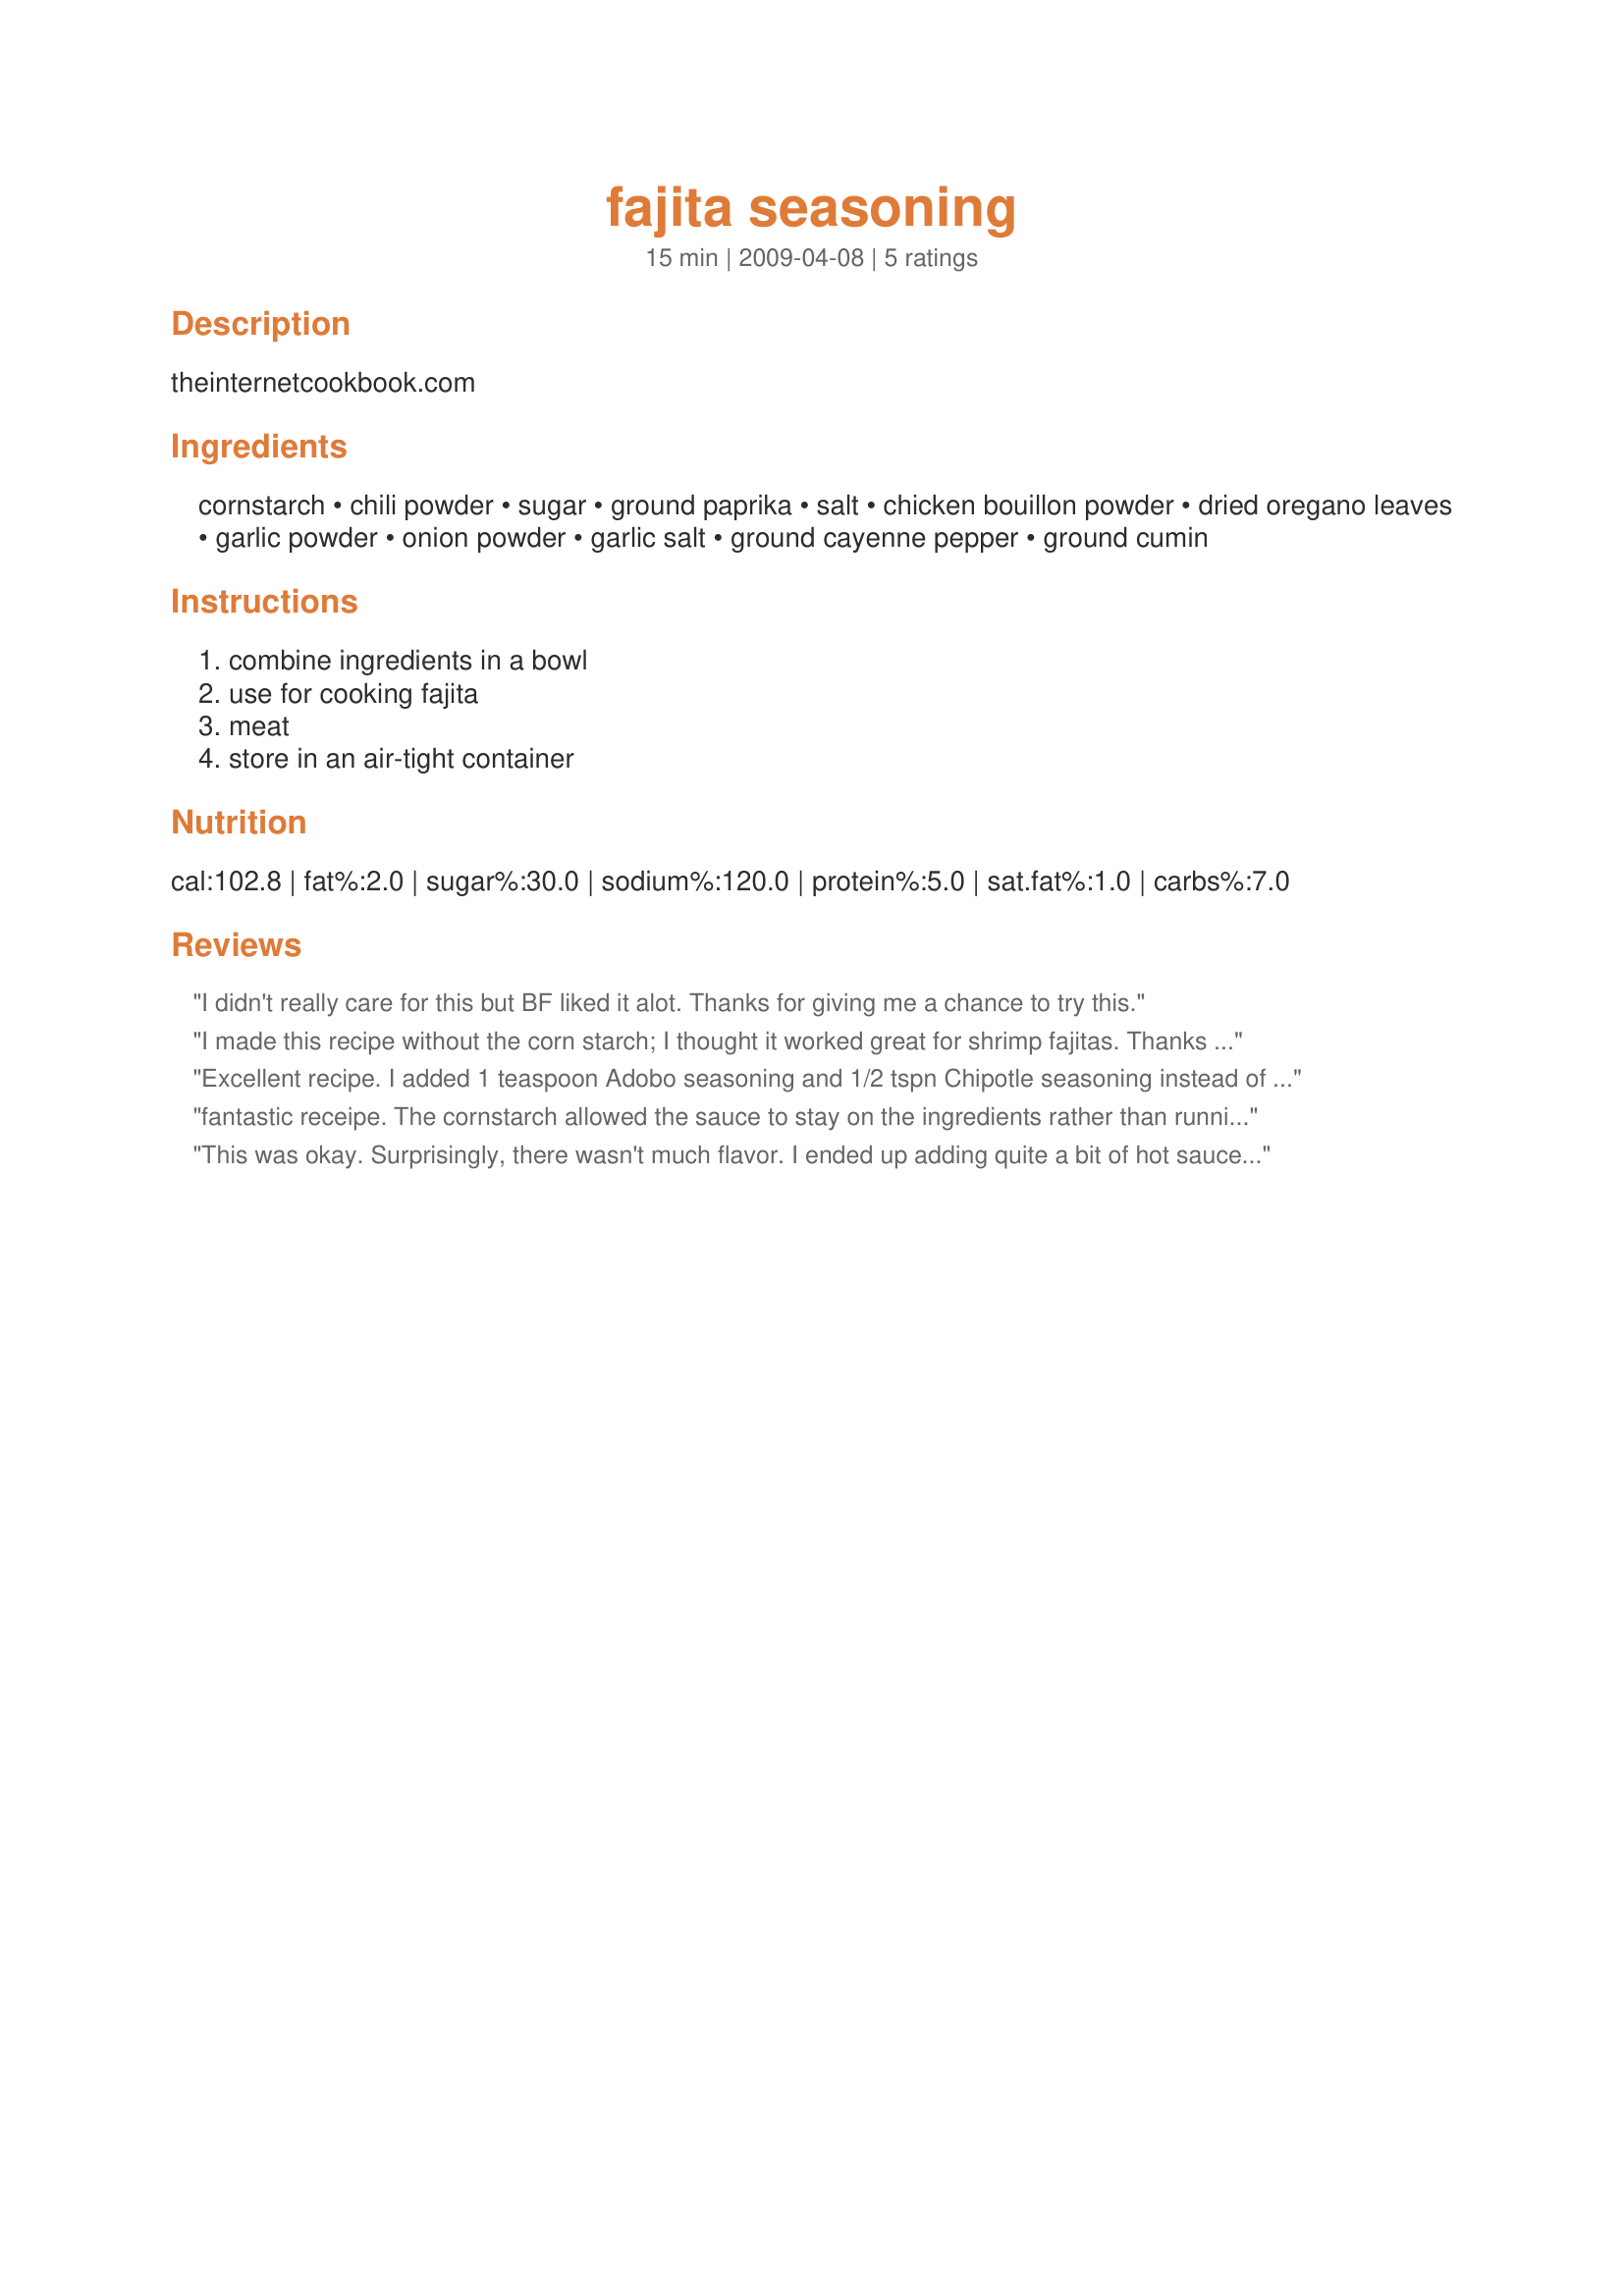
fajita seasoning
Preparation time: 15 minutes

theinternetcookbook.com

Ingredients:
cornstarch, chili powder, sugar, ground paprika, salt, chicken bouillon powder, dried oregano leaves, garlic powder, onion powder, garlic salt, ground cayenne pepper, ground cumin

Steps:
combine ingredients in a bowl, use for cooking fajita, meat, store in an air-tight container

Reviews:
I didn't really care for this but BF liked it alot. Thanks for giving me a chance to try this.
I made this recipe without the corn starch; I thought it worked great for shrimp fajitas. Thanks for posting!
Excellent recipe. I added 1 teaspoon Adobo seasoning and 1/2 tspn Chipotle seasoning instead of the cayenne pepper. I used 1 cup of water with one pound of chicken breast strips. Tossed in the veggies and stir fried them until heated through. I loved this recipe because it made one envelope of regular packaged seasoning. I didn't have to find a sealable container to store this stuff in for another time. No fuss, no muss. Thanks!
fantastic receipe. The cornstarch allowed the sauce to stay on the ingredients rather than running off and the flavor was awesome. I did leave the salt out but everything else was perfect.
This was okay. Surprisingly, there wasn't much flavor. I ended up adding quite a bit of hot sauce and salt at the table. Plus, I don't think the directions are very descriptive. It doesn't say how much meat you should use or how much liquid needs to be added. Does it need to be simmered?
